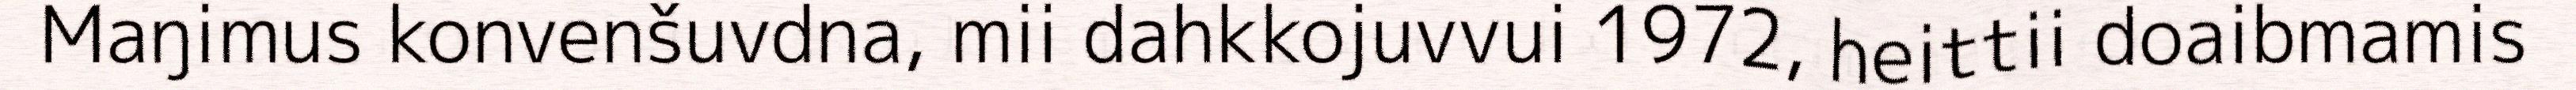
Maŋimus konvenšuvdna, mii dahkkojuvvui 1972, heittii doaibmamis